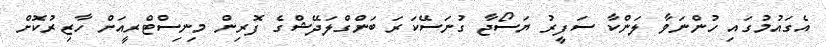
އެގައުމުގައި ހުންނަވާ ލަންކާ ސަފީރު ޔަސޯޖާ ގުނަސޭކަރަ ބަންގްލަދޭޝްގެ ފޮރިން މިނިސްޓްރީއަށް ހާޒިރުކޮށް